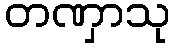
တဏှာသု